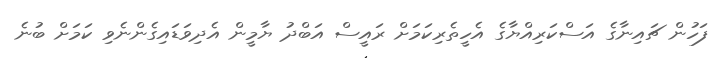
ފަހުން ޗައިނާގެ އަސްކަރިއްޔާގެ އެހީތެރިކަމަށް ރައީސް އަބްދު ޔާމީން އެދިވަޑައިގެންނެވި ކަމަށް ބުނެ